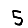
Digit: 5